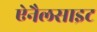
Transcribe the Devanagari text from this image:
ऐनैलसाइट